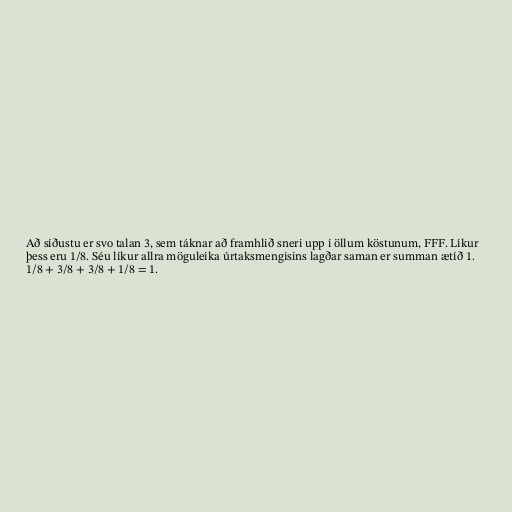
Að síðustu er svo talan 3, sem táknar að framhlið sneri upp í öllum köstunum, FFF. Líkur
þess eru 1/8. Séu líkur allra möguleika úrtaksmengisins lagðar saman er summan ætíð 1.
1/8 + 3/8 + 3/8 + 1/8 = 1.